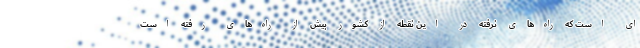
ای است که راه‌های نرفته در این نقطه از کشور بیش از راه‌های رفته است